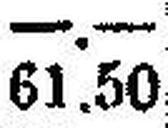
61.50